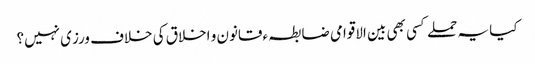
کیا یہ حملے کسی بھی بین الاقوامی ضابطہ ءقانون و اخلاق کی خلاف ورزی نہیں؟